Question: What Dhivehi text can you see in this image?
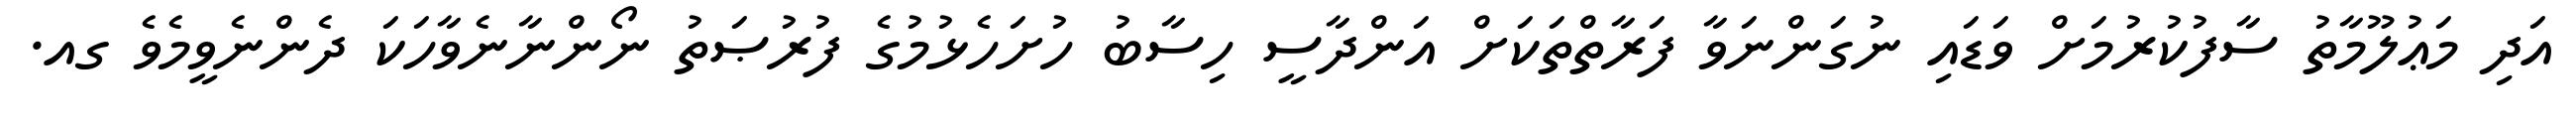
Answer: އަދި މަޢުލޫމާތު ސާފުކުރުމަށް ވަޑައި ނުގަންނަވާ ފަރާތްތަކަށް އަންދާސީ ހިސާބު ހުށަހެޅުމުގެ ފުރުޞަތު ނޯންނާނެވާހަކަ ދެންނެވީމެވެ ގއ.